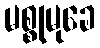
မစ္စုမုခေ